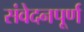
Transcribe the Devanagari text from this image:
संवेदनपूर्ण